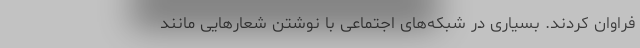
فراوان کردند. بسیاری در شبکه‌های اجتماعی با نوشتن شعار‌هایی مانند